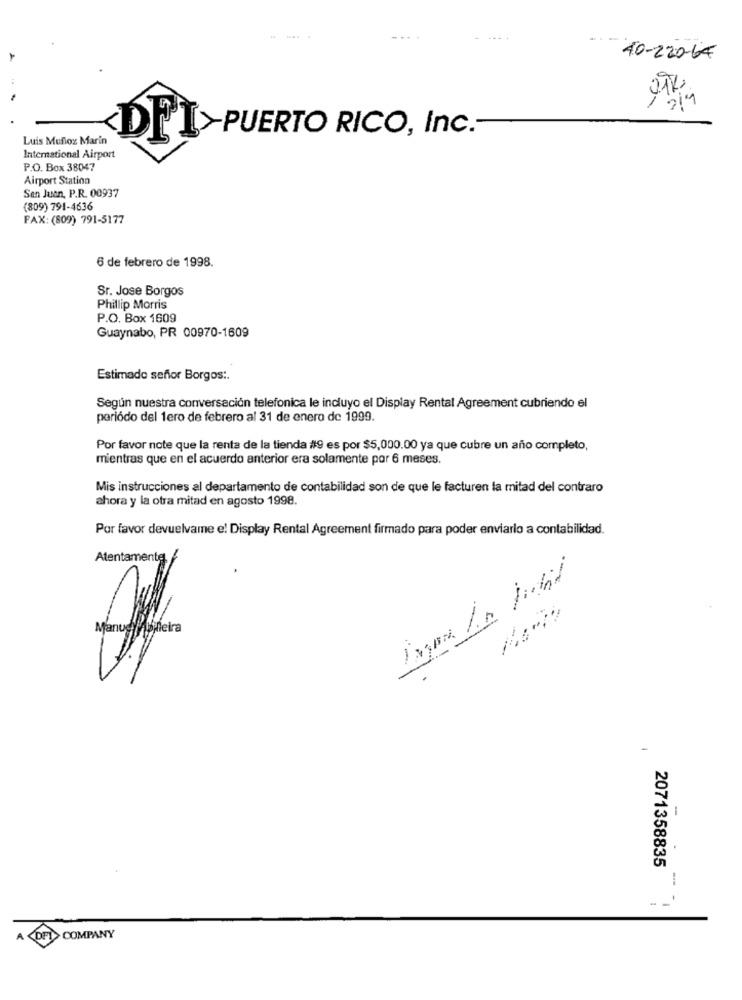
....
-.
40-220-64
$2
I-PUERTO RICO, Inc .-
Luis Munoz Marin
DI
International Airport
P.O. Box 38047
Airport Station
San Juan, P.R. 00937
(809) 791-4636
FAX: (809) 791-5177
6 de febrero de 1998.
Sr. Jose Borgos
Phillip Morris
P.O. Box 1609
Guaynabo, PR 00970-1609
Estimado señor Borgos :.
Según nuestra conversación telefonica le incluyo el Display Rental Agreement cubriendo el
periodo del 1ero de febrero al 31 de enero de 1999.
Por favor note que la renta de la tienda #9 es por $5,000.00 ya que cubre un año completo,
mientras que en el acuerdo anterior era solamente por 6 meses.
Mis instrucciones al departamento de contabilidad son de que le facturen la mitad del contraro
ahora y la otra mitad en agosto 1998.
Por favor devuelvame e! Display Rental Agreement firmado para poder enviarlo a contabilidad.
Atentamente, /
Manuel Asneira
-
-
2071358835
-
COMPANY